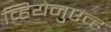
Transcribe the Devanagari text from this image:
व्हियेनुएव्ह